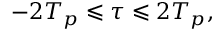
- 2 T _ { p } \leqslant \tau \leqslant 2 T _ { p } ,